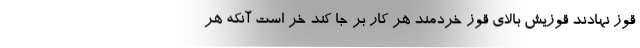
قوز نهادند قوزيش بالاي قوز خردمند هر كار بر جا كند خر است آنكه هر